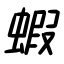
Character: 蝦